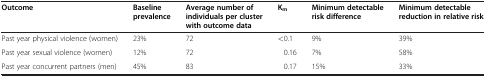
<table><thead><tr><td><b>Outcome</b></td><td><b>Baseline prevalence</b></td><td><b>Average number of individuals per cluster with outcome data</b></td><td><b>K<sub>m</sub></b></td><td><b>Minimum detectable risk difference</b></td><td><b>Minimum detectable reduction in relative risk</b></td></tr></thead><tbody><tr><td>Past year physical violence (women)</td><td>23%</td><td>72</td><td>&lt;0.1</td><td>9%</td><td>39%</td></tr><tr><td>Past year sexual violence (women)</td><td>12%</td><td>72</td><td>0.16</td><td>7%</td><td>58%</td></tr><tr><td>Past year concurrent partners (men)</td><td>45%</td><td>83</td><td>0.17</td><td>15%</td><td>33%</td></tr></tbody></table>